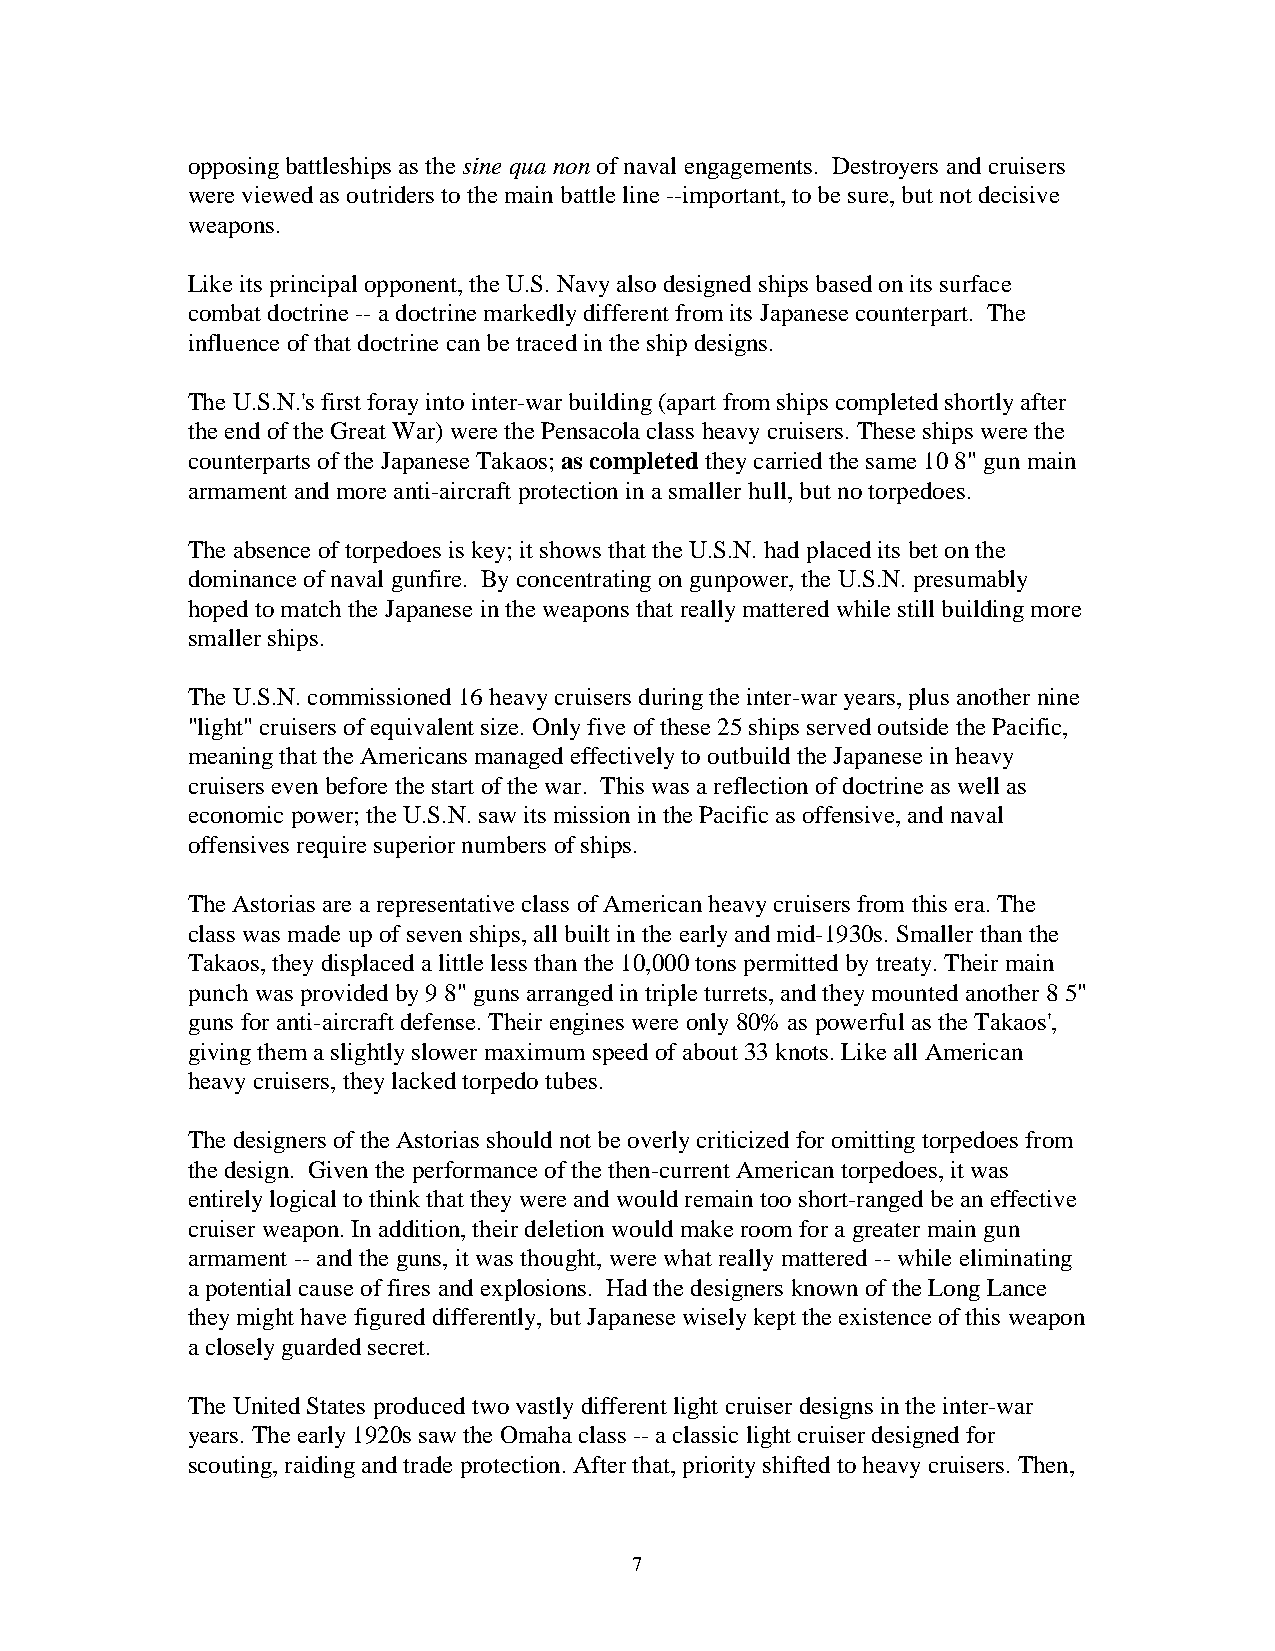
opposing battleships as the sine qua non of naval engagements. Destroyers and cruisers
 were viewed as outriders to the main battle line --important, to be sure, but not decisive
 weapons.
 Like its principal opponent, the U.S. Navy also designed ships based on its surface
 combat doctrine -- a doctrine markedly different from its Japanese counterpart. The
 influence of that doctrine can be traced in the ship designs.
 The U.S.N.'s first foray into inter-war building (apart from ships completed shortly after
 the end of the Great War) were the Pensacola class heavy cruisers. These ships were the
 counterparts of the Japanese Takaos; as completed they carried the same 10 8" gun main
 armament and more anti-aircraft protection in a smaller hull, but no torpedoes.
 The absence of torpedoes is key; it shows that the U.S.N. had placed its bet on the
 dominance of naval gunfire. By concentrating on gunpower, the U.S.N. presumably
 hoped to match the Japanese in the weapons that really mattered while still building more
 smaller ships.
 The U.S.N. commissioned 16 heavy cruisers during the inter-war years, plus another nine
 "light" cruisers of equivalent size. Only five of these 25 ships served outside the Pacific,
 meaning that the Americans managed effectively to outbuild the Japanese in heavy
 cruisers even before the start of the war. This was a reflection of doctrine as well as
 economic power; the U.S.N. saw its mission in the Pacific as offensive, and naval
 offensives require superior numbers of ships.
 The Astorias are a representative class of American heavy cruisers from this era. The
 class was made up of seven ships, all built in the early and mid-1930s. Smaller than the
 Takaos, they displaced a little less than the 10,000 tons permitted by treaty. Their main
 punch was provided by 9 8" guns arranged in triple turrets, and they mounted another 8 5"
 guns for anti-aircraft defense. Their engines were only 80% as powerful as the Takaos',
 giving them a slightly slower maximum speed of about 33 knots. Like all American
 heavy cruisers, they lacked torpedo tubes.
 The designers of the Astorias should not be overly criticized for omitting torpedoes from
 the design. Given the performance of the then-current American torpedoes, it was
 entirely logical to think that they were and would remain too short-ranged be an effective
 cruiser weapon. In addition, their deletion would make room for a greater main gun
 armament -- and the guns, it was thought, were what really mattered -- while eliminating
 a potential cause of fires and explosions. Had the designers known of the Long Lance
 they might have figured differently, but Japanese wisely kept the existence of this weapon
 a closely guarded secret.
 The United States produced two vastly different light cruiser designs in the inter-war
 years. The early 1920s saw the Omaha class -- a classic light cruiser designed for
 scouting, raiding and trade protection. After that, priority shifted to heavy cruisers. Then,
 7